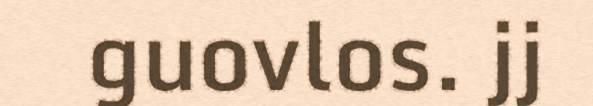
guovlos. jj